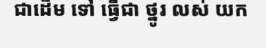
ជាដើម ទៅ ធ្វើជា ថ្នូរ លស់ យក